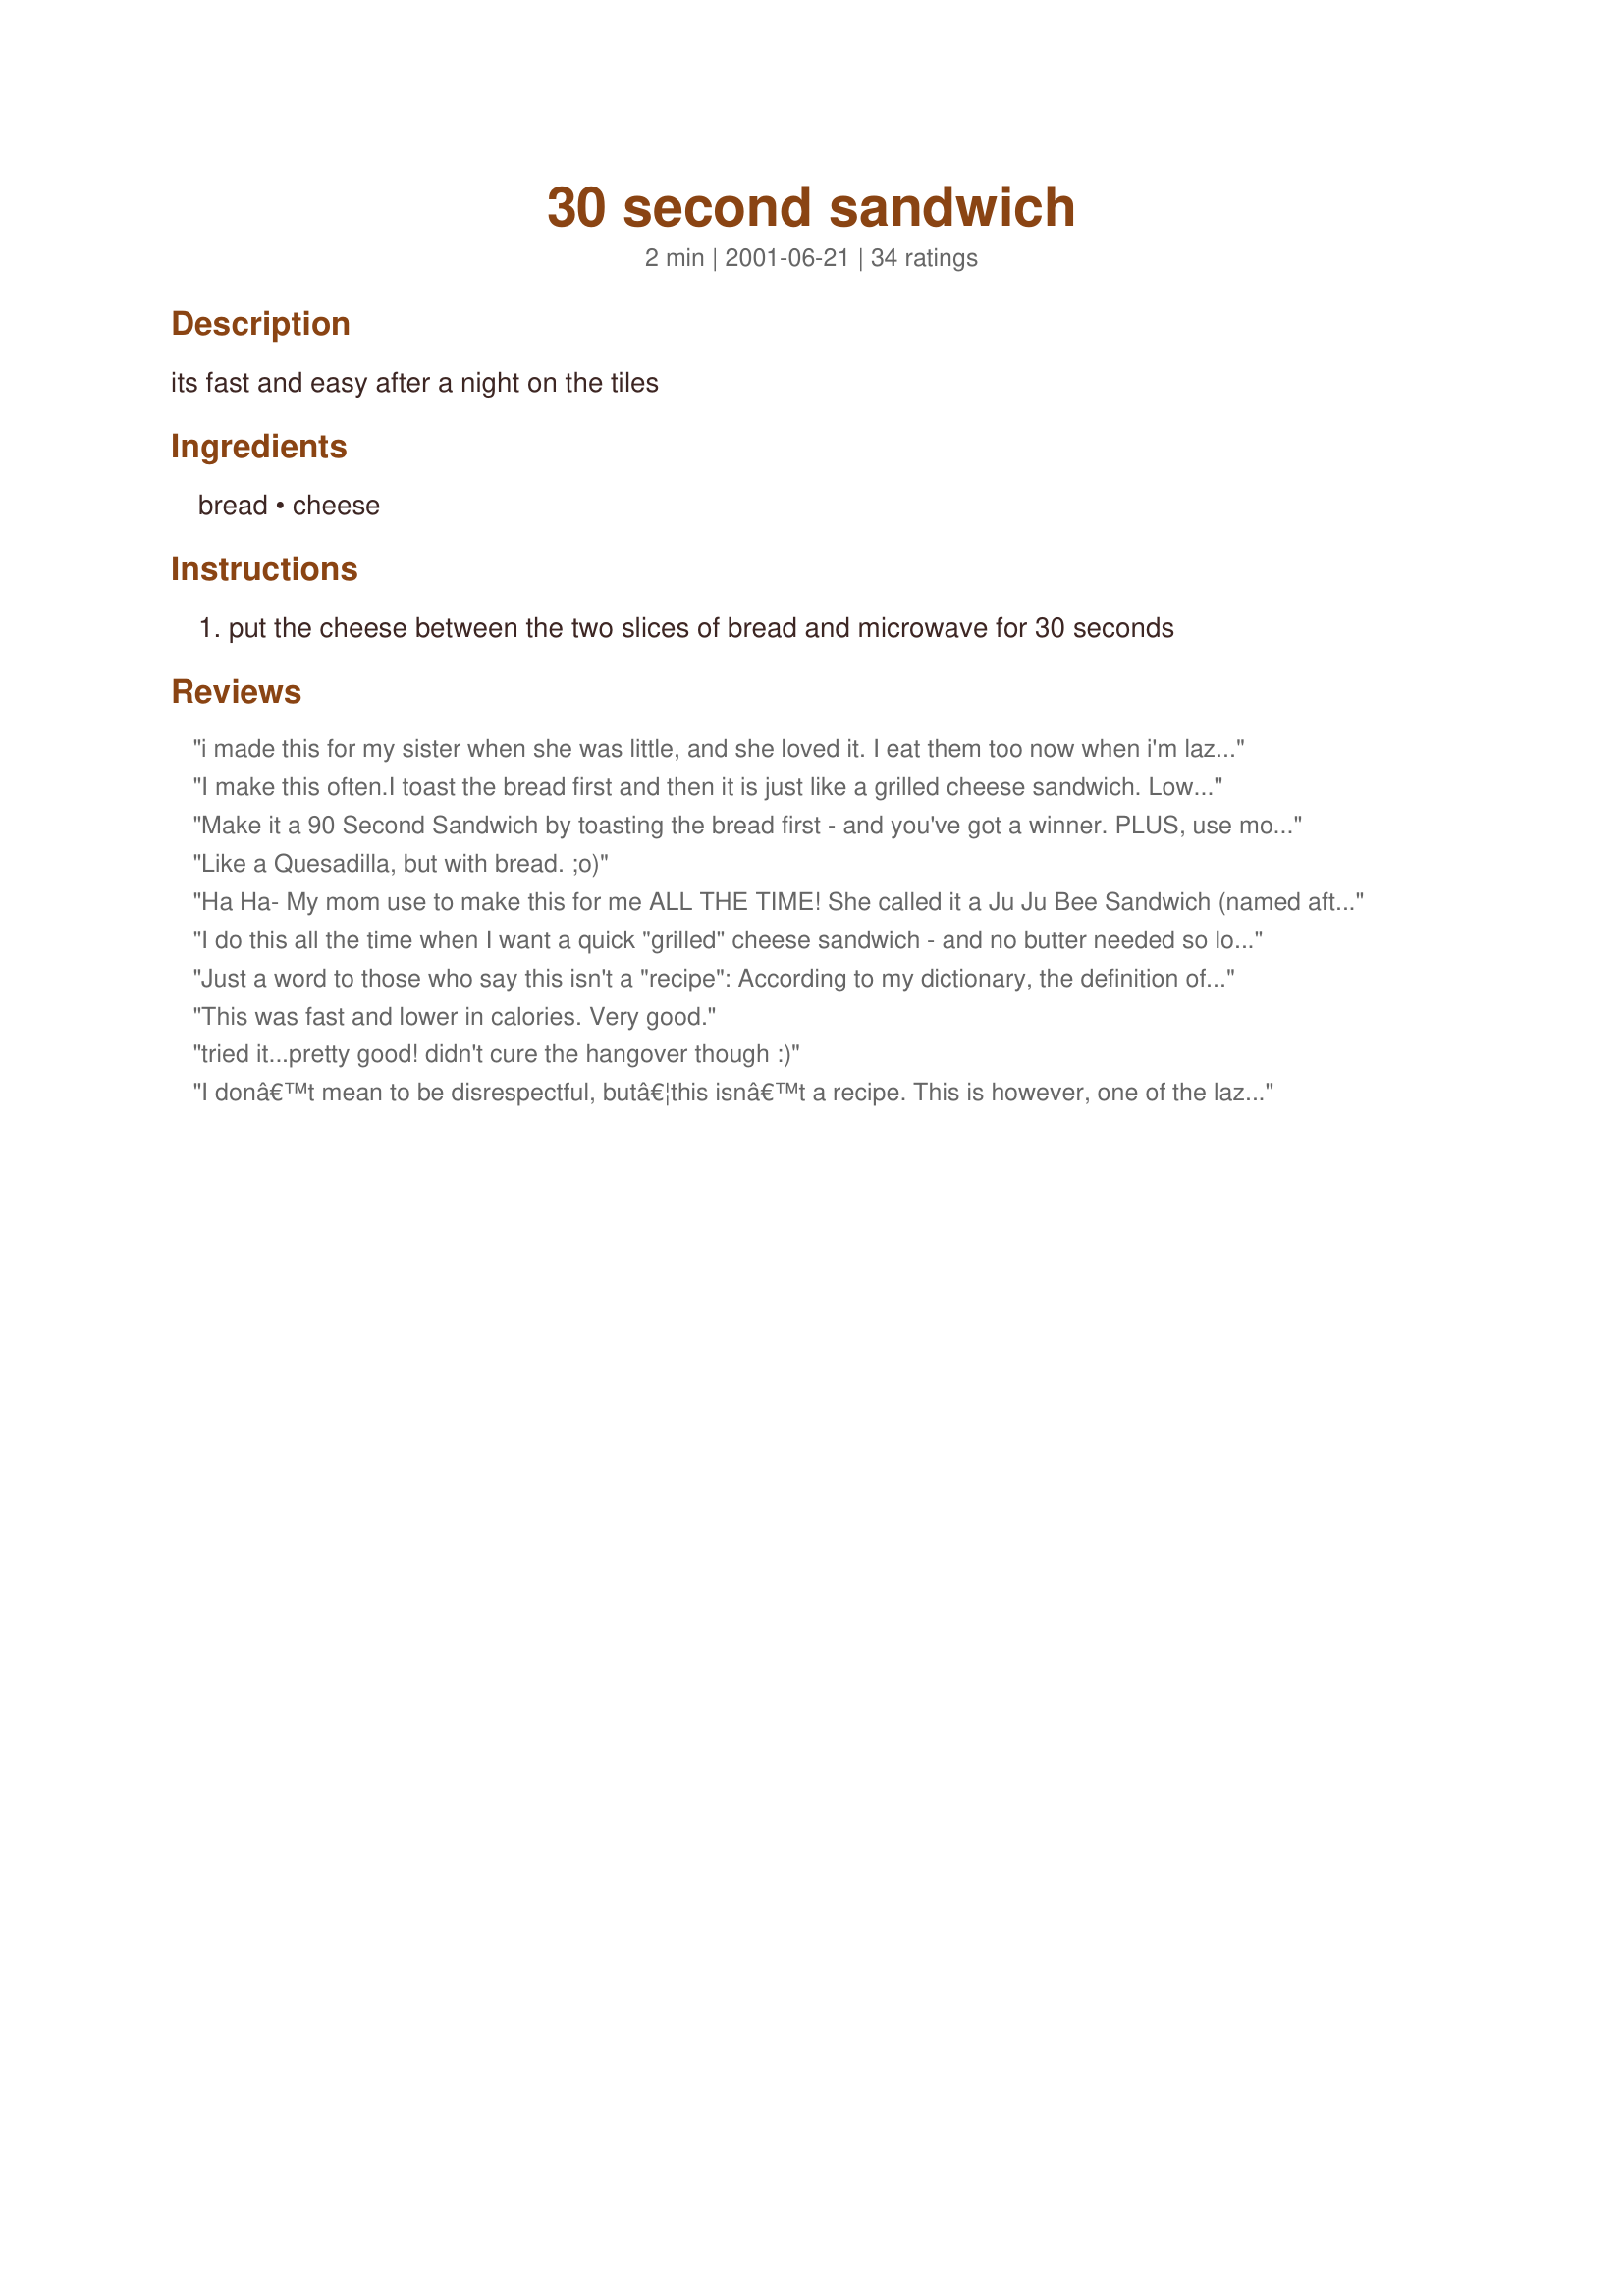
30 second sandwich
Preparation time: 2 minutes

its fast and easy after a night on the tiles

Ingredients:
bread, cheese

Steps:
put the cheese between the two slices of bread and microwave for 30 seconds

Reviews:
i made this for my sister when she was little, and she loved it. I eat them too now when i'm lazy and hungry
I make this often.I toast the bread first and then it is just like a grilled cheese sandwich. Lower
in calories cause you aren't using any butter
Make it a 90 Second Sandwich by toasting the bread first - and you've got a winner. PLUS, use more than one miserly slice of cheese!

I've made "grilled" cheese sandwiches this way for years and like the lack of added fat.


Like a Quesadilla, but with bread. ;o)
Ha Ha- My mom use to make this for me ALL THE TIME! She called it a Ju Ju Bee Sandwich (named after yours truly!) It was one of the few things that I would eat when I was younger (I was a picky eater!) Thanks for posting it to the public! ps-MISS YOU MOMMY!!
I do this all the time when I want a quick "grilled" cheese sandwich - and no butter needed so lower fat & calories than the real thing. Even better if you have a toaster oven to melt the cheese because the toast stays crispier. Thanks for sharing Harry! :)
Just a word to those who say this isn't a "recipe": According to my dictionary, the definition of a recipe is, "A set of directions for making or preparing something, esp food."
This was fast and lower in calories. Very good.
tried it...pretty good! 

didn't cure the hangover though :)
I donâ€™t mean to be disrespectful, butâ€¦this isnâ€™t a recipe. This is however, one of the laziest excuses for a grilled cheese sandwich Iâ€™ve ever seen. I will conclude by saying this, if â€œafter a night on the tilesâ€� as you put it, this is the best you could do, then you might consider rehab! Ha-ha!
this is the greatest thing that has ever happened to my dorm room
This "non recipe" got me through all of my teenage summer days; only I ate it for breakfast while watching TV (oh- those lazy days!). So yummy and works well on any type of bread- sliced sandwich, bagel and english muffins for instance. Mmmm!
I've been eating cheese sandwiches for years. I normally add a thin layer of mayo. Great on the go sandwich!
My apologies, Happy Harry, but the m'wave makes the bread real soggy and chewy, as if it had been dipped in fondue. Sorry for the 3 stars.
I ate this all through law school! (I had no idea other people would like it too.) Easy and cheap to make.
this is just how my gran gives us our cheese sandwichs, though she adds a slice of ham and a bit of chutney, very good.
If you can't figure out a sandwich like this, you shouldn't be looking at recipes in general. No offense, but these seem to take up more space than it is worth.
ummm...is this even a recipe?
I used to have this daily when I was young. I still enjoy this, with light old cheddar cheese on occasion today. It's a great way to change up a plain cold cheese sandwich. Best of all it is extremely quick and tasty! :)
I raised my godson on real grilled cheese sandwiches-rye with extra sharp cooked in seasoned iron skillet. His mother followed your recipe. Now he is enrolled at the Culinary Institute of the Arts. Is this just adolescent rebellion? I attribute it all to various methods of the grilled cheese dilemma.
I make this exact sandwich, with one exception, to go with a large glass of ice cold milk. The only thing I do different is I do not microwave. It's just perfect before or during a busy day!
I tried this (with toasted bread) when I got my first microwave years ago. The cookbook that came with it included this recipe. I thought: how bad could it be? Unfortunately, the answer is: really bad. It is SO worth the minimal effort involved to grill the sandwich, even if that does add some grams of fat, at least the results are edible.
This is delish. Good job :)
This was college staple food for me! I made them even less like a grilled cheese. I used to put it in an open baggie first before putting it in the microwave so that the bread would get really soft and the cheese would melt better. I then microwaved it for only about 20 seconds. The bag and the shorter time seemed to help keep the bread from getting hard. Ham added to the sandwich is nice as well.
We used to do this for kids at the daycare I worked at. It didn't taste as good as the original, but it is lower in fat and the kids loved them!
microwaving makes the bread gross and it doesn't really make it any quicker than using a skillet.
DH makes these all the time when he wants a before-bed snack. He usually makes them open-face though. I prefer a traditional grilled cheese sandwich but I give this 5 stars because, to me, they mean I don't have to get up and fix him anything!!! :oD
I have made this sandwich many a times..especially when I was younger and my cooking skills were not the same as they are now:) I used to do it when I didnt feel like making a grilled cheese..
great cure for the munchies.....feel good food...thanks...super easy....great idea to warm it up adds that feel good feeling...thanks
LOL I used to do this a lot! Thanks for the reminder!
I've made this for years! I've gotta give it 5 stars for simplicity and nostalgia. :-) My friend and I made this as a quick snack before we were allowed to use the stove. (Don't even ask how long ago that was.) We dubbed it the "Microwave Cheese Sandwich." One thing we learned is, do NOT cook over 30 seconds or the bread will get hard/chewy as it cools. Also, I've noticed certain brands of bread are better for this. Merita is excellent, if you can get it. Sunbeam gets gooey for some reason.
I have been making this for about 25 years and still have it today for an easy breakfast at work
My Grammie always made this when I was over to visit. Grammie lived on a farm, so this was fast and cheap! Thanks for posting an old favorite of mine! This is the simple recipe, that sometimes we forget about! I agree with making sure you don't over microwave the sandwich!
An extra few seconds could make this better in several ways. Calling this a recipe is quite a stretch. Search for "grilled cheese" and do yourself a favor, the extra time, and pat of butter, are well worth it.
